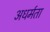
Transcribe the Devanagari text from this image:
अधर्मता